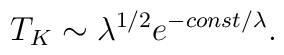
T_K \sim \lambda^{1/2}e^{-const/\lambda}.